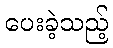
ပေးခဲ့သည့်